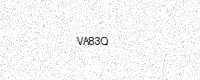
Text: VA83Q